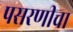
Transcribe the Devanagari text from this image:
पसरणीचा